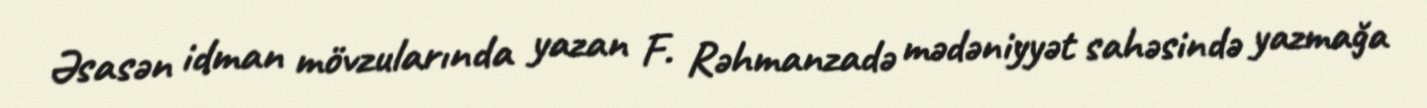
Əsasən idman mövzularında yazan F. Rəhmanzadə mədəniyyət sahəsində yazmağa